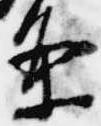
条